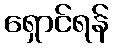
ရှောင်ရန်